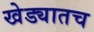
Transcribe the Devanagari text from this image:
खेड्यातच